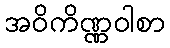
အဝိကိဏ္ဏဝါစာ